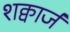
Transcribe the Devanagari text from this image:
शक्वार्ज